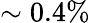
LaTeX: \sim 0.4\%